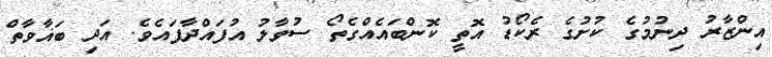
އިންޒާރު ދިނުމުގެ ކުށުގެ ރެކޯޑު އޮތީ ކޮންބައެއްގެތޯ ސުވާލު އުފައްދާފައެވެ. އަދި ބަޣާވާތް